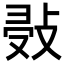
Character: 𢽖